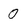
Character: 0